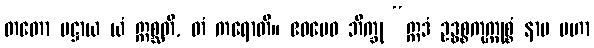
တတော ပဋ္ဌာယ ယံ ဣစ္ဆတိ, တံ ကရောတိ။ ဧဝမေဝ ဘိက္ခု “ဣဒံ ဥဒ္ဓစ္စကုက္ကုစ္စံ နာမ မဟာ